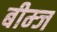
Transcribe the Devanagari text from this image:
बीम्ज